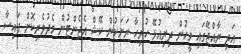
އަދި ރާއްޖޭގައި މީހުން ދިރިއުޅޭ ހުރިހާ ރަށަކުން ކޭޝް އެޖެންޓުން މެދުވެރިކޮށް ފައިސާ